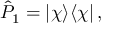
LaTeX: \hat { P } _ { 1 } = | \chi \rangle \langle \chi | \, ,